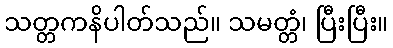
သတ္တကနိပါတ်သည်။ သမတ္တံ၊ ပြီးပြီး။